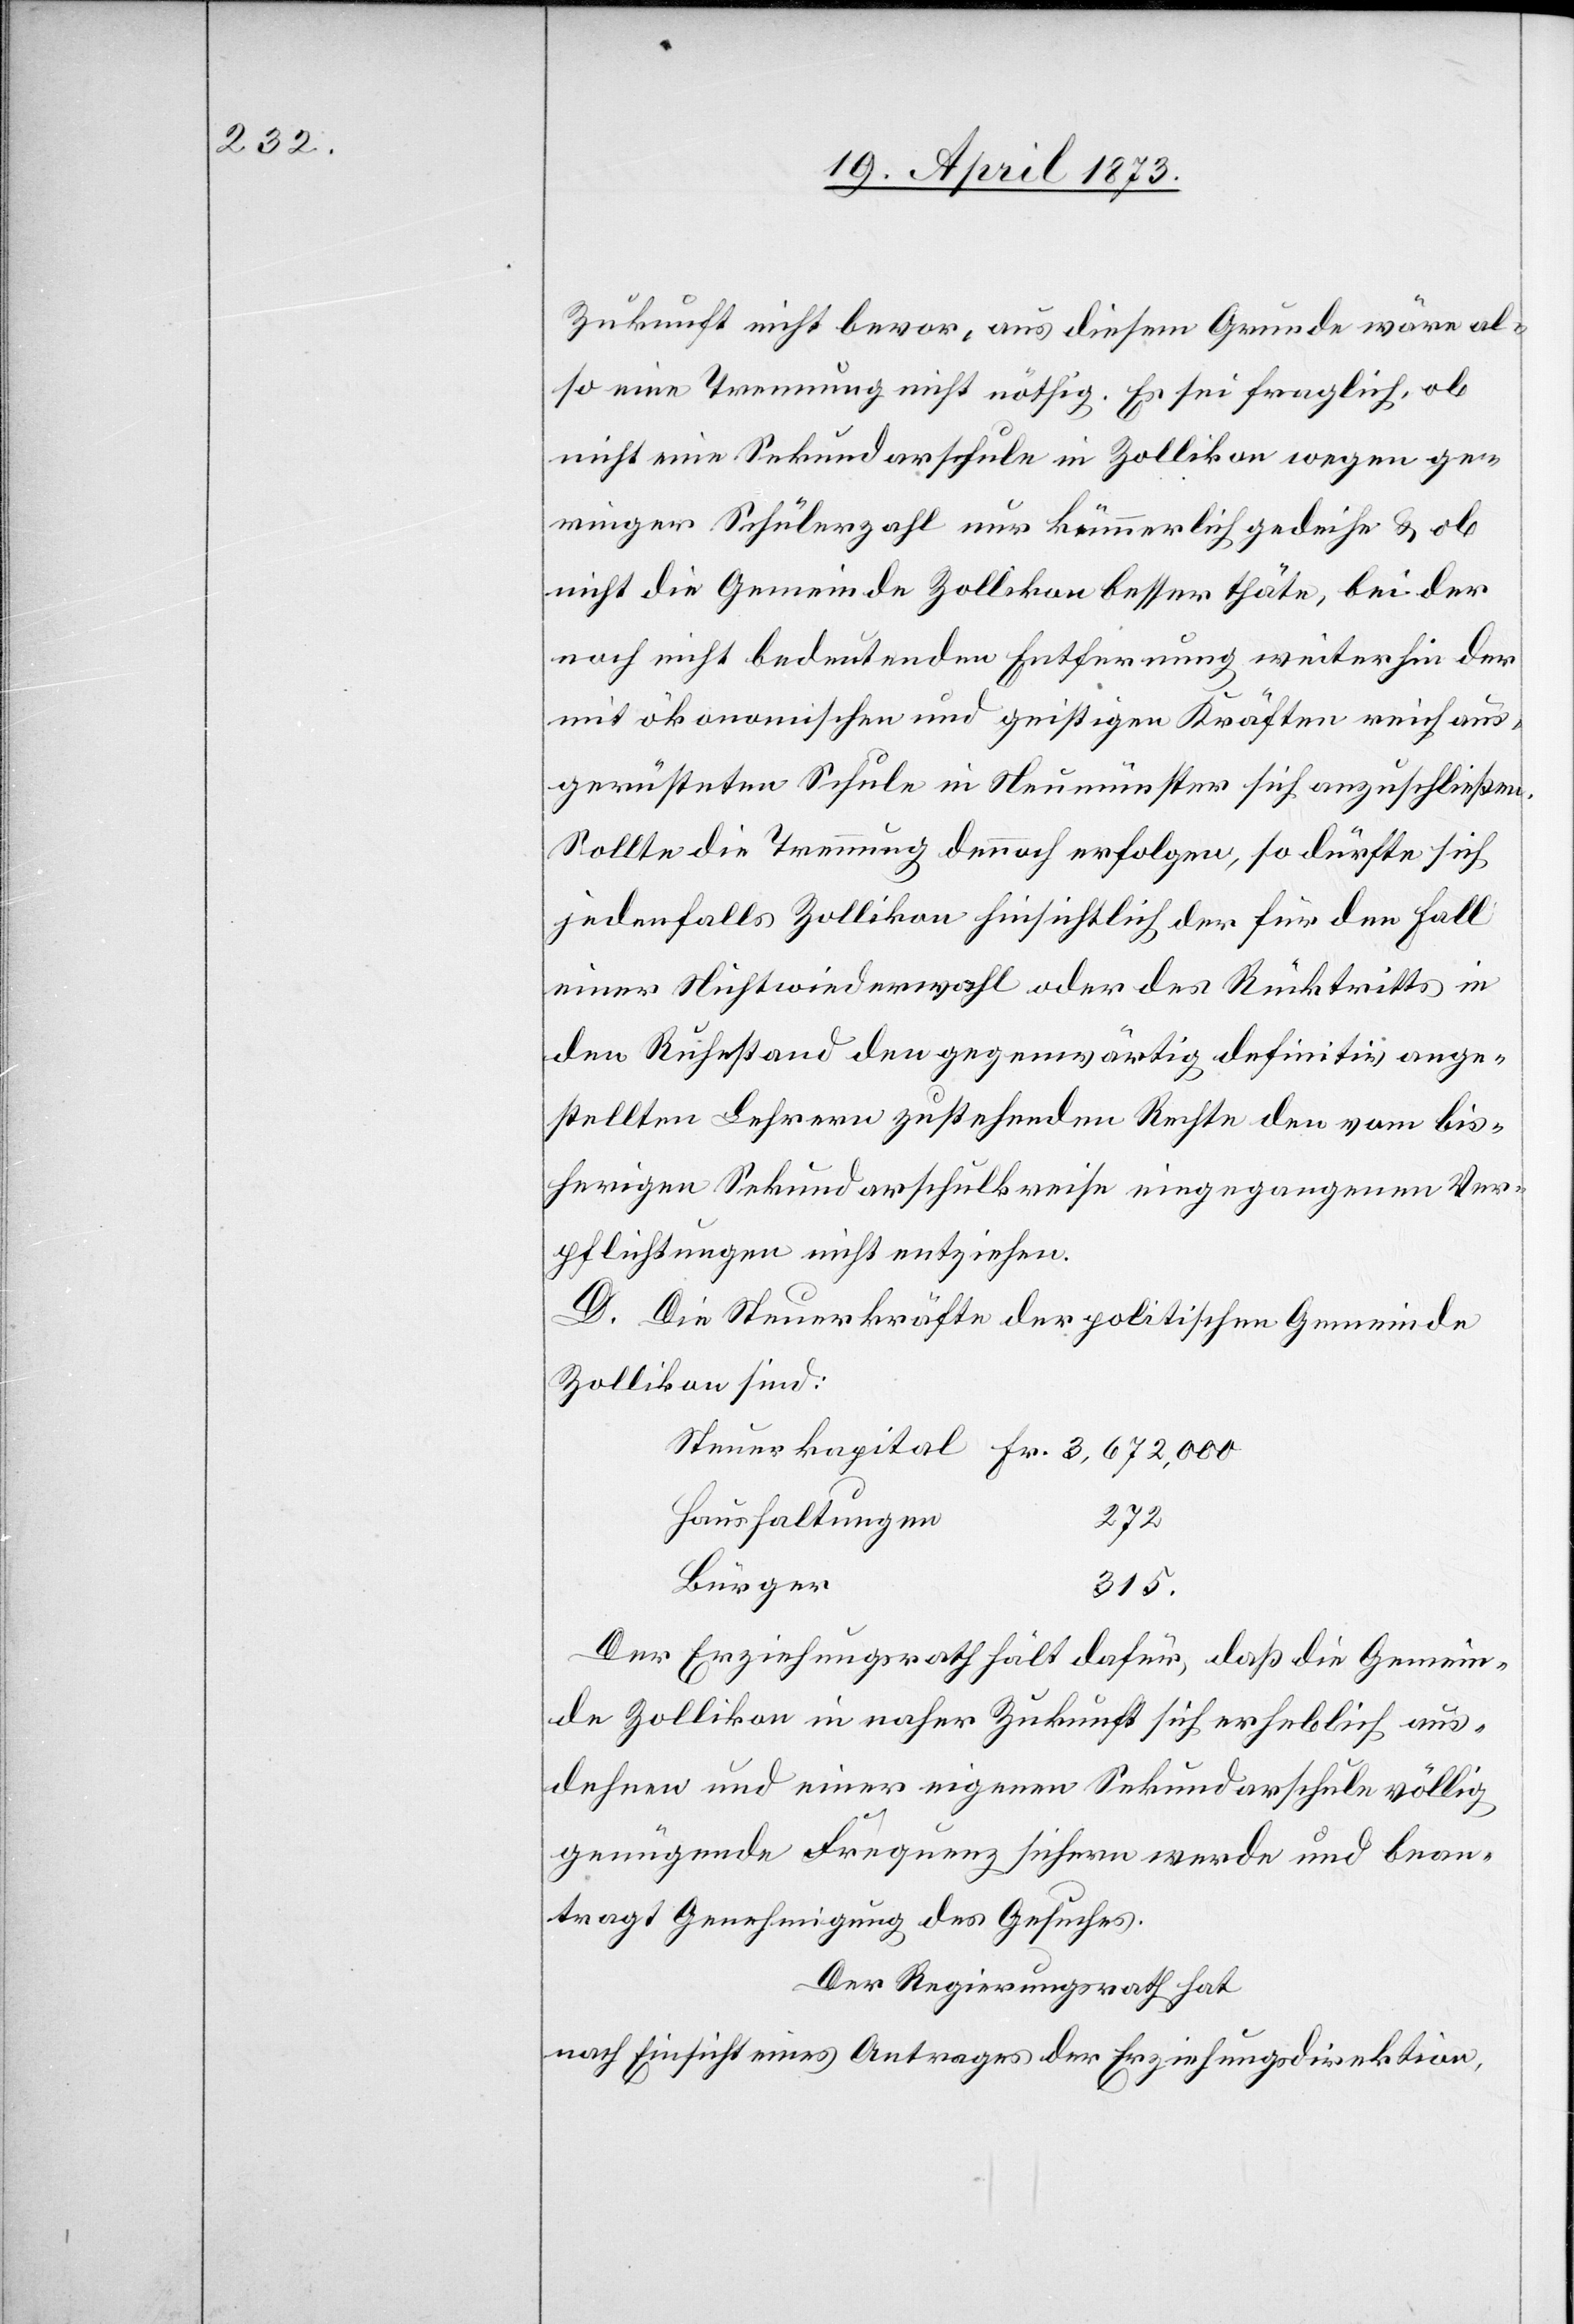
Zukunft nicht bevor, aus diesem Grunde wäre al¬
so eine Trennung nicht nöthig. Es sei fraglich, ob
nicht eine Sekundarschule in Zollikon wegen ge¬
ringer Schülerzahl nur kümmerlich gedeihe & ob
nicht die Gemeinde Zollikon besser thäte, bei der
noch nicht bedeutenden Entfernung weiterhin der
mit ökonomischen und geistigen Kräften reich aus¬
gerüsteten Schule in Neumünster sich anzuschließen.
Sollte die Trennung dennoch erfolgen, so dürfte sich
jedenfalls Zollikon hinsichtlich der für den Fall
einer Nichtwiederwahl oder des Rücktritts in
den Ruhestand den gegenwärtig definitiv ange¬
stellten Lehrern zustehenden Rechte den vom bis¬
herigen Sekundarschulkreise eingegangenen Ver¬
pflichtungen nicht entziehen.
D. Die Steuerkräfte der politischen Gemeinde
Zollikon sind:
Haushaltungen
272
Bürger
315
Der Erziehungsrath hält dafür, daß die Gemein¬
de Zollikon in naher Zukunft sich erheblich aus¬
dehnen und einer eigenen Sekundarschule völlig
genügende Frequenz sichern werde und bean¬
tragt Genehmigung des Gesuches.
Der Regierungsrath hat
nach Einsicht eines Antrages der Erziehungsdirektion,